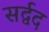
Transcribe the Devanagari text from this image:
सर्द्वद